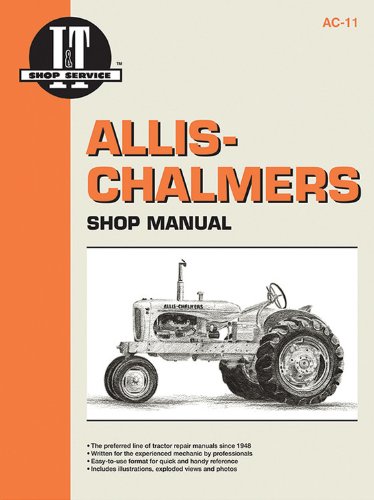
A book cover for Allis Chambers Shop Manual Models B C CA G RC WC WD + (I & T Shop Service); Inc. Haynes Manuals; Reference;